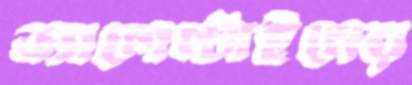
ভ্যালেন্টাইনের